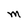
Character: M